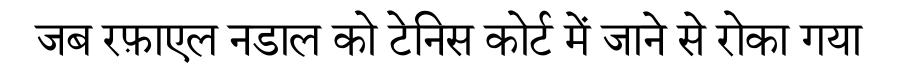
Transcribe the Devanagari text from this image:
जब रफ़ाएल नडाल को टेनिस कोर्ट में जाने से रोका गया